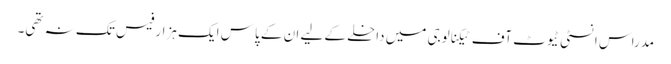
مدراس انسٹی ٹیوٹ آف ٹیکنالوجی میں داخلے کے لیے ان کے پاس ایک ہزار فیس تک نہ تھی۔